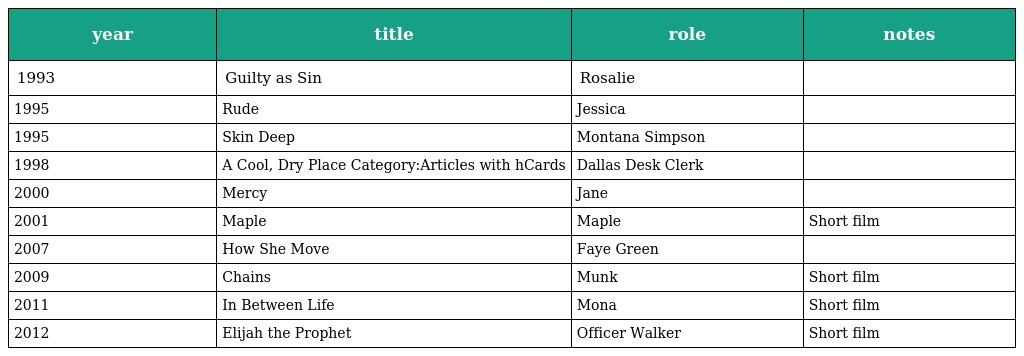
| year | title | role | notes |
 | --- | --- | --- | --- |
 | 1993 | Guilty as Sin | Rosalie |  |
 | 1995 | Rude | Jessica |  |
 | 1995 | Skin Deep | Montana Simpson |  |
 | 1998 | A Cool, Dry Place Category:Articles with hCards | Dallas Desk Clerk |  |
 | 2000 | Mercy | Jane |  |
 | 2001 | Maple | Maple | Short film |
 | 2007 | How She Move | Faye Green |  |
 | 2009 | Chains | Munk | Short film |
 | 2011 | In Between Life | Mona | Short film |
 | 2012 | Elijah the Prophet | Officer Walker | Short film |